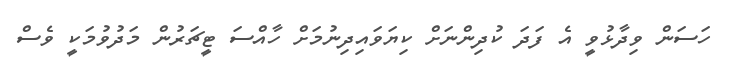
ހަސަން ވިދާޅުވީ އެ ފަދަ ކުދިންނަށް ކިޔަވައިދިނުމަށް ހާއްސަ ޓީޗަރުން މަދުވުމަކީ ވެސް